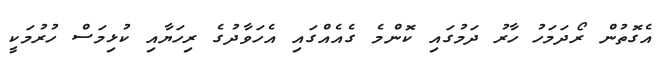
އެގޮތުން ރޯދަމަހު ހާރު ދަމުގައި ކޮންމެ ގެއެެއްގައި އެހަވާދުގެ ރިހަޔާއި ކުޅިމަސް ހުރުމަކީ